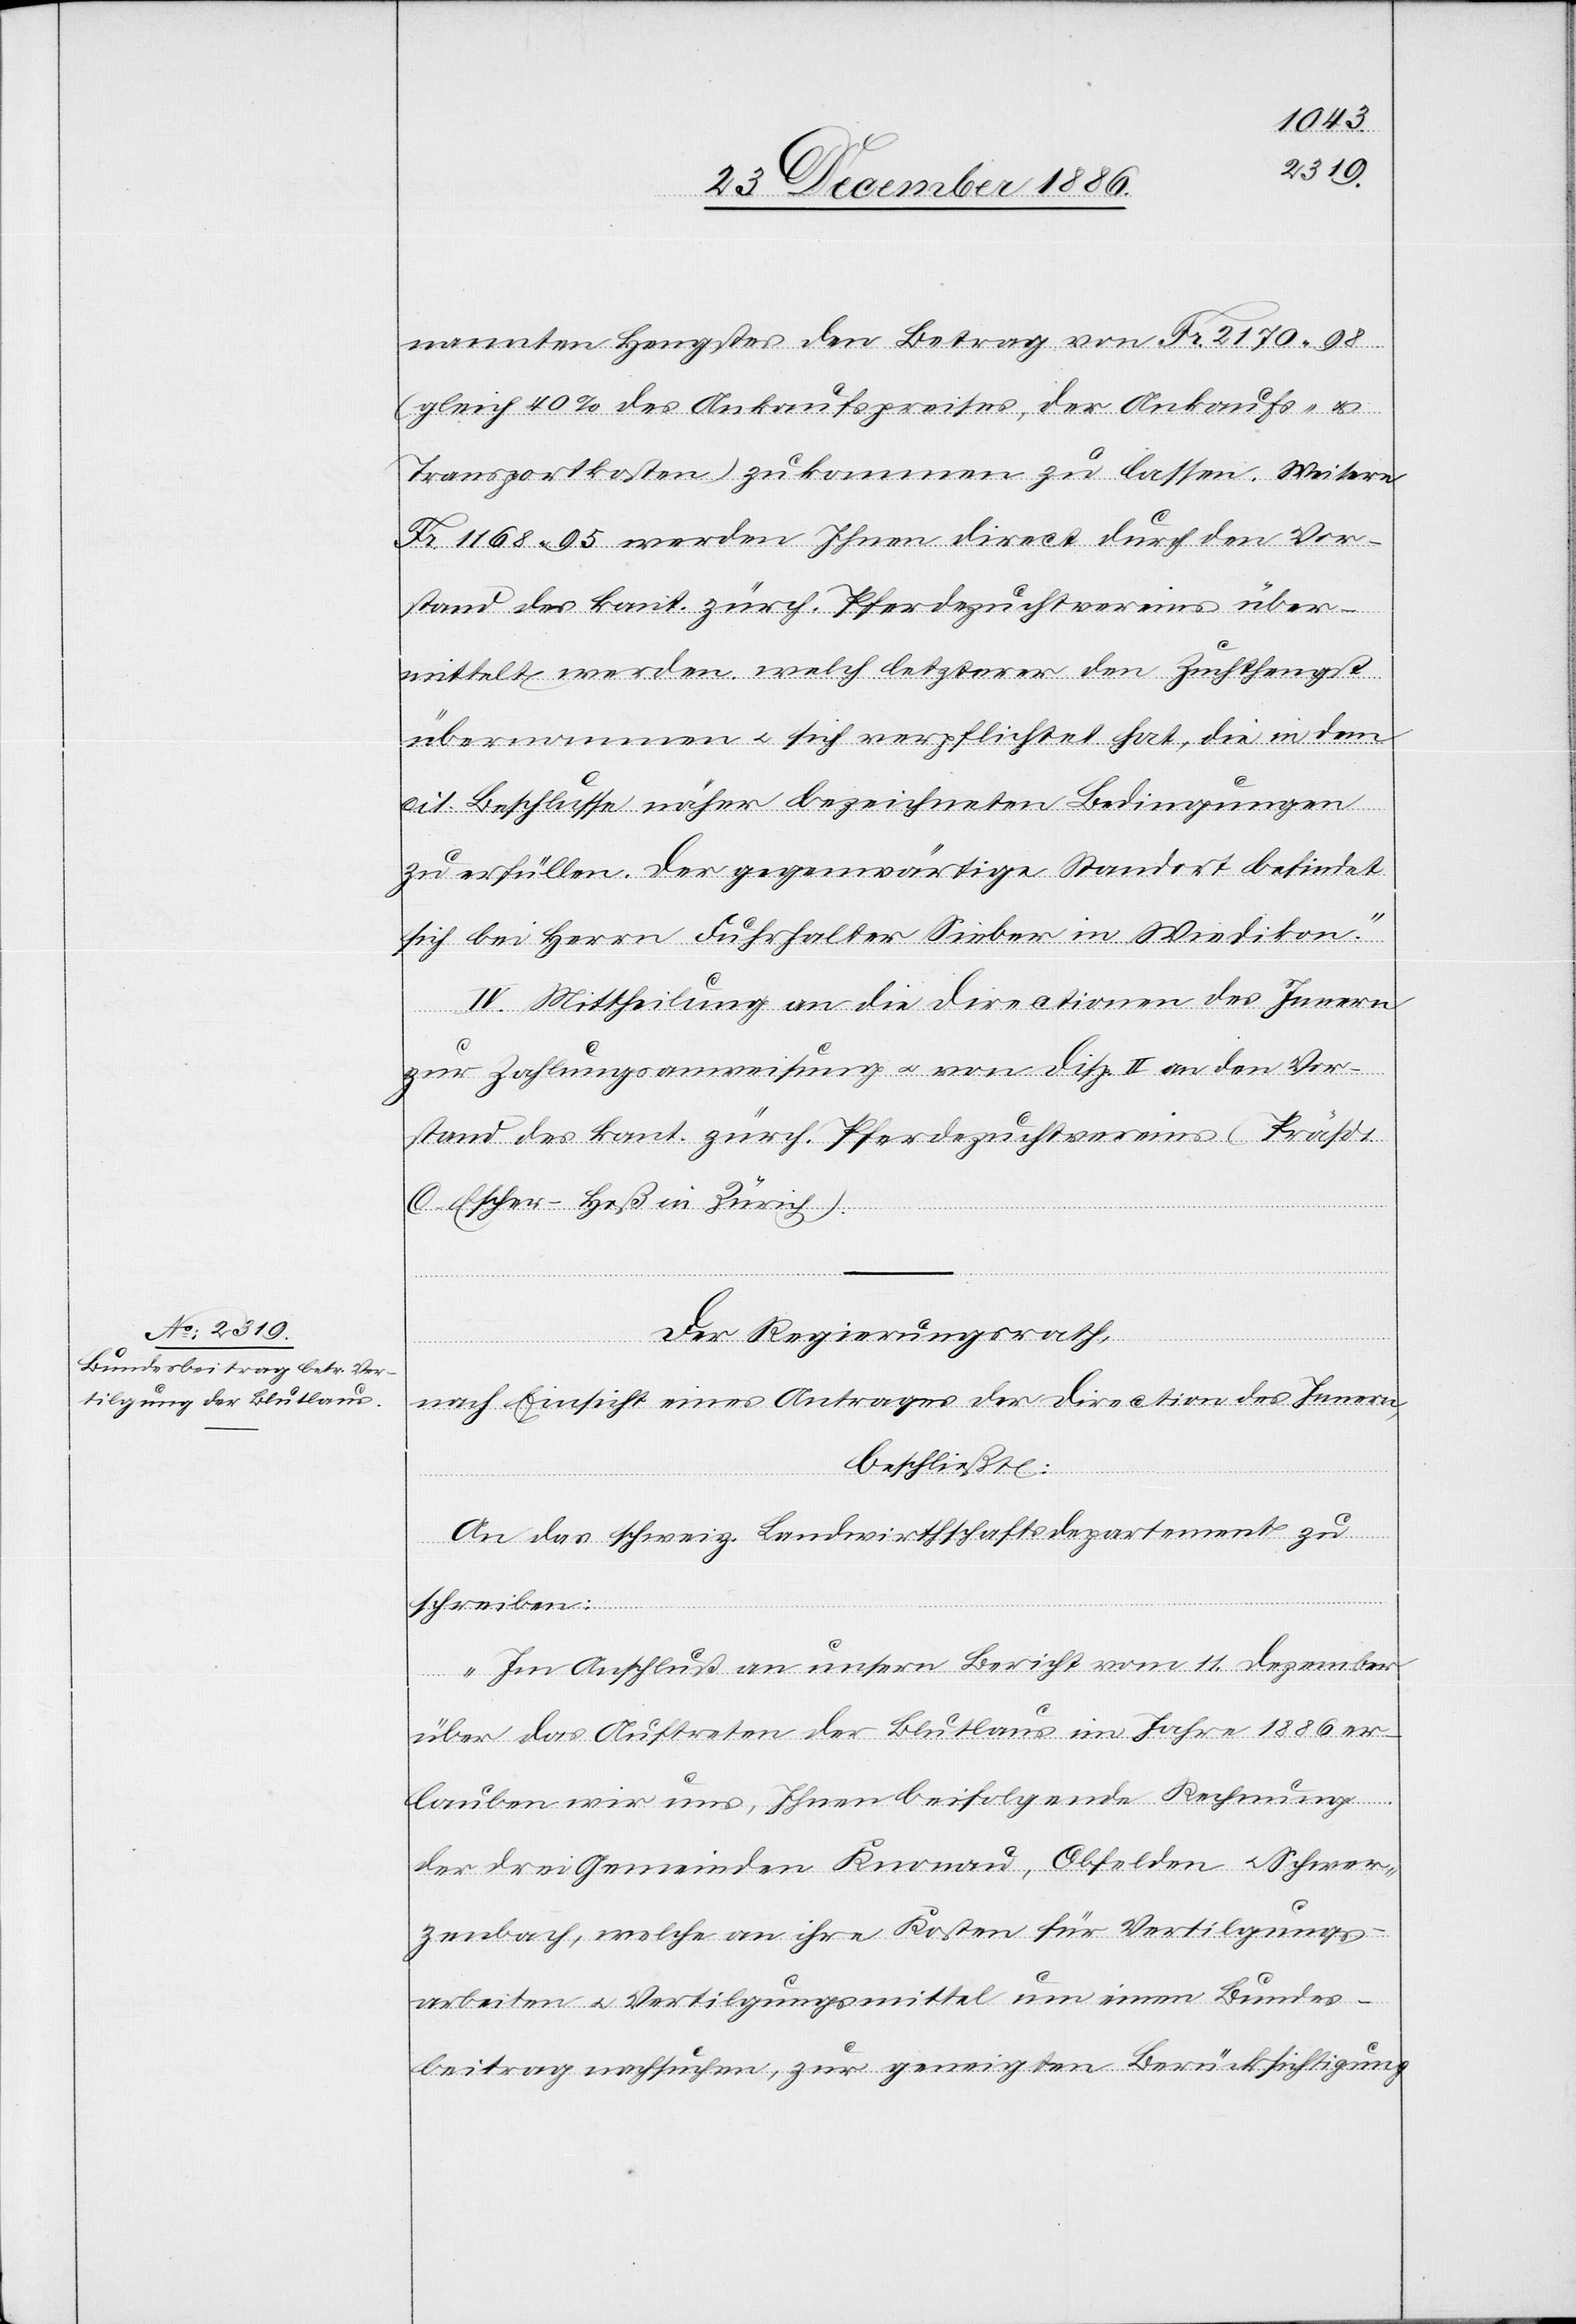
nannten Hengstes den Betrag von Fr. 2170 98
(gleich 40% des Ankaufspreises, der Ankaufs- &
Transportkosten) zukommen zu lassen. Weitere
Fr. 1168 95 werden Ihnen direct durch den Vor¬
stand des kant. zürch. Pferdezuchtvereins über¬
mittelt werden, welch letzterer den Zuchthengst
übernommen & sich verpflichtet hat, die in dem
cit. Beschlusse näher bezeichneten Bedingungen
zu erfüllen. Der gegenwärtige Standort befindet
sich bei Herrn Fuhrhalter Sieber in Wiedikon.“
IV. Mittheilung an die Direction des Innern
zur Zahlungsanweisung & von Disp. II an den Vor¬
stand des kant. zürch. Pferdezuchtvereins (Präsdt.
C. Escher-Heß in Zürich).
Der Regierungsrath,
nach Einsicht eines Antrages der Direction des Innern,
beschließt:
An das schweiz. Landwirthschaftsdepartement zu
schreiben:
„Im Anschluß an unsern Bericht vom 11. Dezember
über das Auftreten der Blutlaus im Jahre 1886 er¬
lauben wir uns, Ihnen beifolgende Rechnung
der drei Gemeinden Knonau, Obfelden & Schwer¬
zenbach, welche an ihre Kosten für Vertilgungs¬
arbeiten & Vertilgungsmittel um einen Bundes¬
beitrag nachsuchen, zur geneigten Berücksichtigung